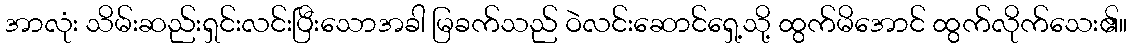
အာလုံး သိမ်းဆည်းရှင်းလင်းပြီးသောအခါ မြခက်သည် ဝဲလင်းဆောင်ရှေ့သို့ ထွက်မိအောင် ထွက်လိုက်သေး၏။